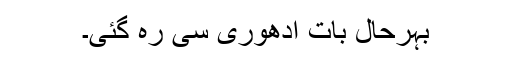
بہرحال بات اُدھوری سی رہ گئی۔